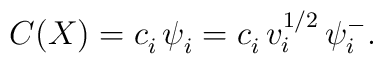
C(X)=c_i^{}\,\psi^{}_i=c_i^{}\,v_i^{1/2}\,\psi_i^- .